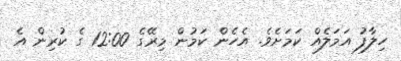
ހިލާފު އަމަލެއް ކަމަށެވެ. އެހެން ކަމުން މިރޭގެ 12:00 ގެ ކުރިން އެ